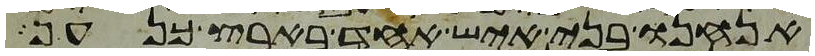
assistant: אנחנו בני איש אחד בארץ כנען